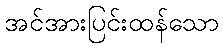
အင်အားပြင်းထန်သော